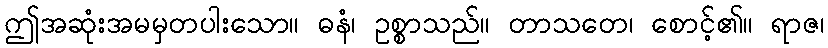
ဤအဆုံးအမမှတပါးသော။ ဓနံ၊ ဥစ္စာသည်။ တာသတေ၊ စောင့်၏။ ရာဇ၊